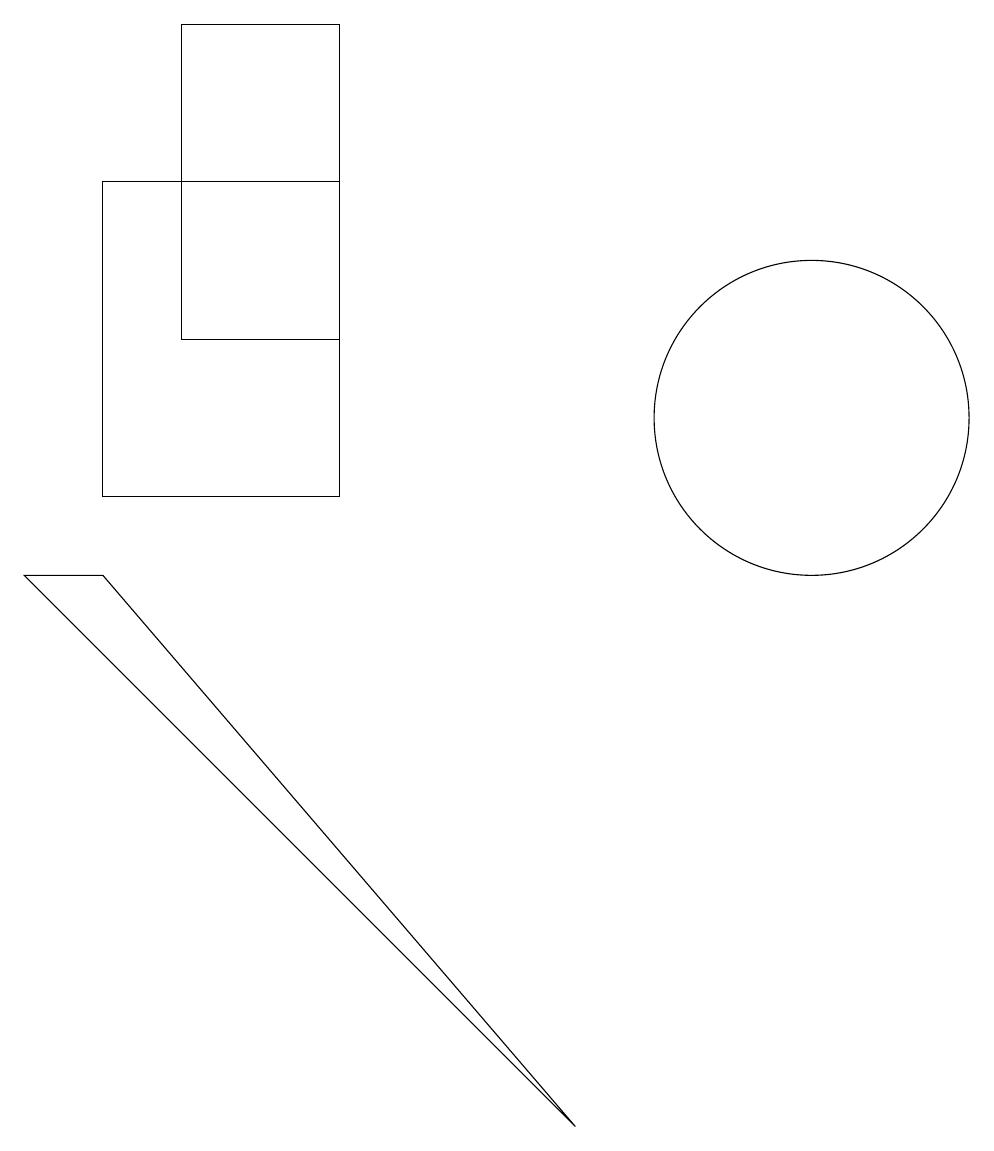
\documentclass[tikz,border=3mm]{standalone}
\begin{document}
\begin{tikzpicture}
\draw (2,9) -- (8,2) -- (1,9) -- cycle;
\draw (11,11) circle (2);
\draw (2,10) rectangle (5,14);
\draw (5,12) rectangle (3,16);
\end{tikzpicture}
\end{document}